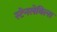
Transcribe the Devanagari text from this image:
स्टेनलेबिल्स